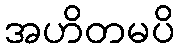
အဟိတမပိ